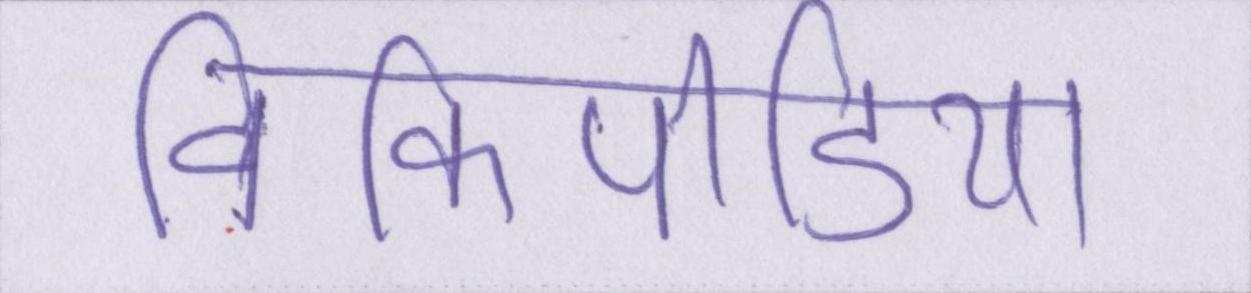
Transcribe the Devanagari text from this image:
विकिपीडिया